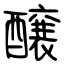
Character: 醸